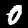
Label: 0